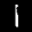
Label: 1